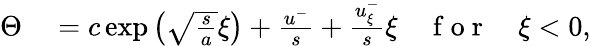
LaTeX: \begin{array}{rl}{\Theta}&{{}=c\exp\left(\sqrt{\frac{s}{a}}\xi\right)+\frac{u^{-}}{s}+\frac{u_{\xi}^{-}}{s}\xi\quad\mathrm{~f~o~r~}\quad\xi<0,}\end{array}